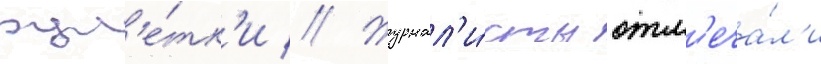
рул'е́тк'и // Журнал'и́сты отм'еча́л'и